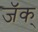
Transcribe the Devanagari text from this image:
जॅक्